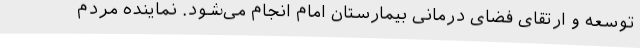
توسعه و ارتقای فضای درمانی بیمارستان امام انجام می‌شود. نماینده مردم